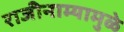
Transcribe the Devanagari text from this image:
राजीनाम्यामुळे